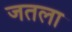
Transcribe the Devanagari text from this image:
जतला